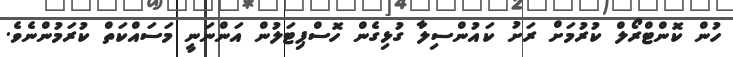
ހުން ކޮންޓްރޯލް ކުރުމަށް ރަށު ކައުންސިލާ ގުޅިގެން ހޮސްޕިޓަލުން އަންނަނީ މަސައްކަތް ކުރަމުންނެވެ.